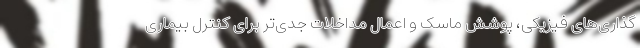
گذاری‌های فیزیکی، پوشش ماسک و اعمال مداخلات جدی‌تر برای کنترل بیماری